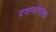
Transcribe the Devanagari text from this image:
मजल्यांपेक्शा